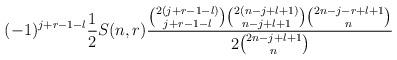
LaTeX: \begin{align*}(-1)^{j+r-1-l}\frac{1}{2}S(n,r)\frac{\binom{2(j+r-1-l)}{j+r-1-l}\binom{2(n-j+l+1)}{n-j+l+1}\binom{2n-j-r+l+1}{n}}{2\binom{2n-j+l+1}{n}}\end{align*}